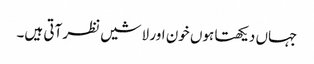
جہاں دیکھتا ہوں خون اور لاشیں نظر آتی ہیں۔